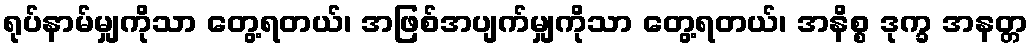
ရုပ်နာမ်မျှကိုသာ တွေ့ရတယ်၊ အဖြစ်အပျက်မျှကိုသာ တွေ့ရတယ်၊ အနိစ္စ ဒုက္ခ အနတ္တ